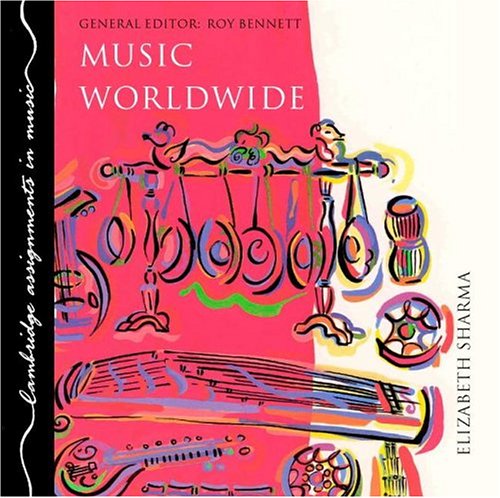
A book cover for Music Worldwide CD (Cambridge Assignments in Music); Elizabeth Sharma; Teen & Young Adult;